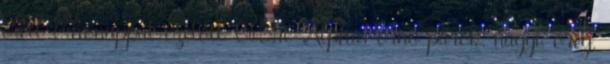
érett 6 hónappal ezelőtt 06:16 AlphaPorno párok, nagyi, őreg,